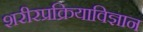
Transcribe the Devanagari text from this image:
शरीरप्रक्रियाविज्ञान